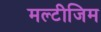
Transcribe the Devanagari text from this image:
मल्टीजिम